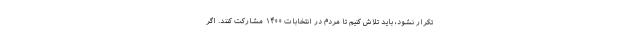
تکرار نشود، باید تلاش کنیم تا مردم در انتخابات ۱۴۰۰ مشارکت کنند. اگر